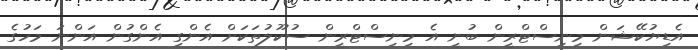
އެޑިޔުކޭޝަން މިނިސްޓްރީން ބުނީ އެ މިނިސްޓްރީން ސުކޫލުތަކަށް އެންގި އެންގުން އަންނަ މަހުގެ